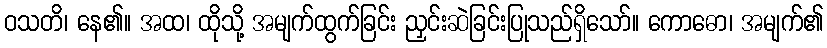
ဝသတိ၊ နေ၏။ အထ၊ ထိုသို့ အမျက်ထွက်ခြင်း ညှင်းဆဲခြင်းပြုသည်ရှိသော်။ ကောဓော၊ အမျက်၏